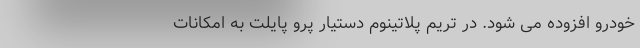
خودرو افزوده می شود. در تریم پلاتینوم دستیار پرو پایلت به امکانات